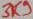
Text: 3K7